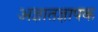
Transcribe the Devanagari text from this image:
अज्ञातज्ञापक